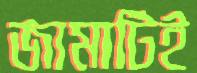
জামাটিই